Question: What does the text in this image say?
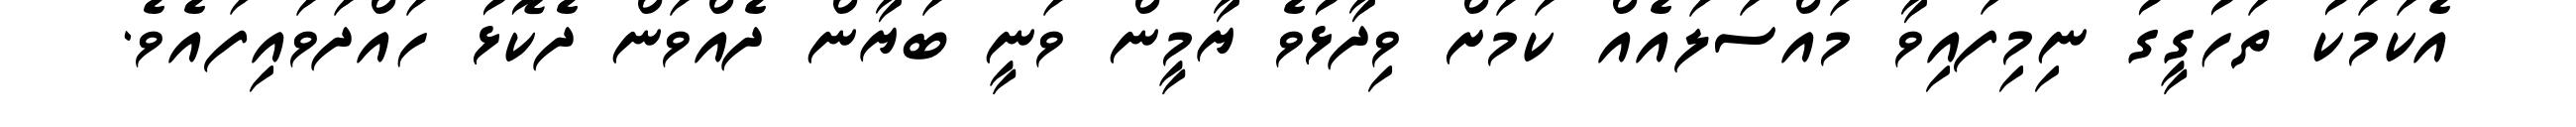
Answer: އެކަމަކު ތަހުގީގު ނިމިފައިވާ މައްސަލައެއް ކަމަށް ވިދާޅުވެ ޔާމީން ވަނީ ބަޔާން ދެއްވަން ދެކޮޅު ހައްދަވައިފައެވެ.